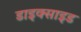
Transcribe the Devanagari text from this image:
डाइक्साइड